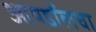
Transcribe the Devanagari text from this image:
आयडॉलचा